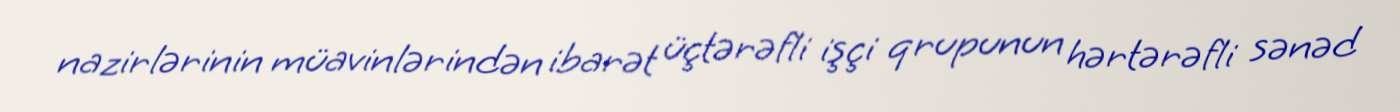
nazirlərinin müavinlərindən ibarət üçtərəfli işçi qrupunun hərtərəfli sənəd